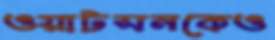
ওয়াটসনকেও